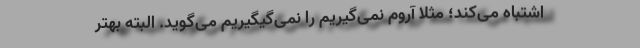
اشتباه می‌کند؛ مثلا آروم نمی‌گیریم را نمی‌گیگیریم می‌گوید. البته بهتر